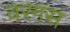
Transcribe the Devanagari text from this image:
वरगस